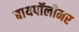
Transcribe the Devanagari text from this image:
बायपॉलीमर